Report of the Municipal Commissioner on the plague in Bombay for the year ending 31st May... - Volume 2
Disease focus: Plague
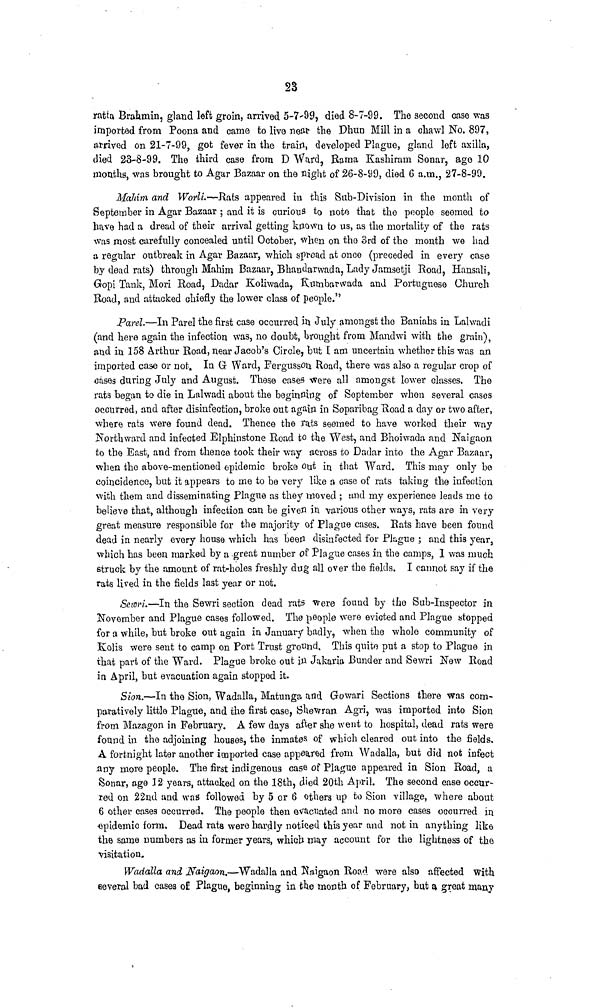
23
F and G
Wards.
In the last and the present epidemic, Parel Road and Clare Road
have remained singularly free of plague. In fact, those houses which
were tenanted by the well-to-do classes were exempt this year as they
were last year. But parts of Haines Road, Gilder Street and Chamar
Lane were badly infected, the people here being mostly poor and their
dwellings overcrowded.
Topawani's Chawl at the extreme end of Parel Road was again the
only spot there that was infected, its sanitary defects being well known.
Rats.—Rats were found but not to any great extent. Information
concerning them was received from the better classes of the people, and
in one case the District Officer has no doubt that infection was conveyed
by these creatures. It should be borne in mind that in the first epidemic
considerable numbers of rats used to be seen dead in the grain dealers
shops in Haines Road, De Lisle Road and Guzri Bazaar.
Communities Attacked.—The District Officer points out that in
some instances it would appear that the onus of the introduction
of plague lies in the habits of the people and cannot be attributed to their
dwellings. He cites a case in which a new house in Kala Chowki Road,
only partly occupied, had three cases in a fortnight in it, the tenants
being people of very dirty habits.
Beggars.—There was no great influx of famine refugees into this
district, probably owing to the fact that there was not much money to be
collected. The Hindoos here are mostly of the poorest classes.
The course of the epidemic in F and G Wards is traced by Captain
Boileau as follows:—
Course of the Epidemic.—This district may again be said to have never been free from
Plague. The last epidemic left us in May with Dharavi still affected, and 7 cases occurred
in Dharavi during the month as also 4 Plague cases in Mahim Bazaar. In July 2 Plague
cases were imported into Mahim from Bombay—one from Dhobi Talao and one from a contact
from Arthur Road Hospital.
In Sion and Sewri in June there were 4 cases which were no doubt connected with the
lingering remains of the last epidemic and nothing more occurred there until September.
In Parel (G Ward, Parel) there were 25 cases, all the remnants of the last epidemic
which did not die out until June 25th. From that date onwards there were practically no
cases in July or August, but in September Plague broke out again in 478, DeLisle Road,
when between the 12th and 15th there were 7 cases. I disinfected this chawl thoroughly
in the old style, cleaned the compound and tile-turned the place. There has been no further
case of plague in the chawl. The infection was brought by rats. After that no further cases
occurred in any numbers until in November when between the 29th and 7th December
7 cases occurred in various parts of the District. Dadar, Mahim Bazaar, Lalwadi, Sion and
Gopi Tank in Mahim showing how irregular was the course of the disease.
Like last year the course of the epidemic could be traced by dying rats this year.
The rats seem to have come from the South and stayed in the district, and in the same way
as last year they have been chiefly instrumental in disseminating plague for the reason that
wherever a crop of cases has occurred on any particular site, there dead rats have invariably
been discovered and I shall, I think, be able to prove that rat infection is by far the most
dangerous.